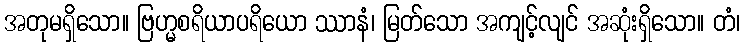
အတုမရှိသော။ ဗြဟ္မစရိယာပရိယော ဿာနံ၊ မြတ်သော အကျင့်လျင် အဆုံးရှိသော။ တံ၊